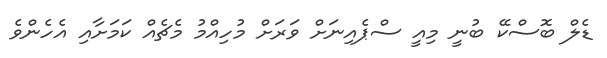
ޑެލް ބޮސްކޭ ބުނީ މިއީ ސްޕެއިނަށް ވަރަށް މުހިއްމު މެޗެއް ކަމަށާއި އެހެންވެ